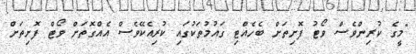
"މީގެ ކުރިންވެސް ވޯޓު ފޮށިތަށް ބެހެއްޓި ގައުމުތަކުގައި ކުރިއެކޭވެސް އެއްގޮތަށް ވޯޓް ފޮށިތަށް